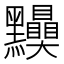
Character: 𪓆